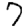
Digit: 7